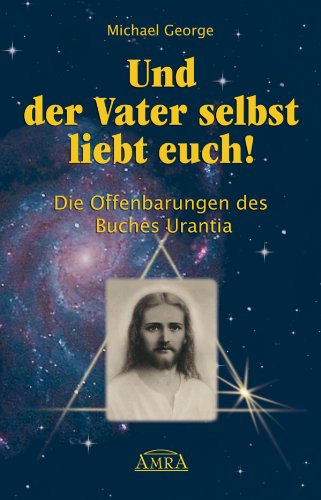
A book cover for Und der Vater selbst liebt euch!: Die Offenbarungen des Buches Urantia (German Edition); Michael George; Religion & Spirituality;